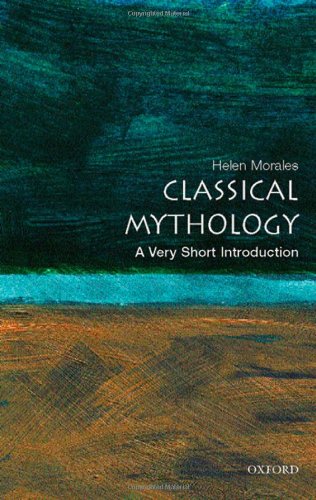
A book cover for Classical Mythology: A Very Short Introduction; Helen Morales; Literature & Fiction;